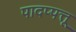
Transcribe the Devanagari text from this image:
पादप्पत्तू